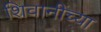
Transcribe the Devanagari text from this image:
शिवानींच्या